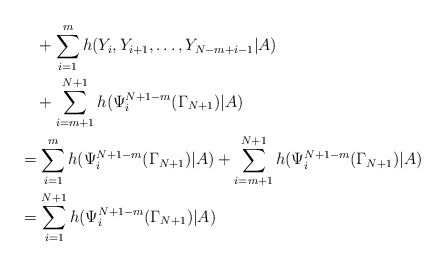
\begin{align*}&\ \ \ +\sum_{i=1}^{m}h(Y_i,Y_{i+1},\ldots,Y_{N-m+i-1}|A)\\&\ \ \ +\sum_{i=m+1}^{N+1}h(\Psi_i^{N+1-m}(\Gamma_{N+1})|A)\\ &= \sum_{i=1}^{m}h(\Psi_i^{N+1-m}(\Gamma_{N+1})|A)+\sum_{i=m+1}^{N+1}h(\Psi_i^{N+1-m}(\Gamma_{N+1})|A) \\ &= \sum_{i=1}^{N+1}h(\Psi_i^{N+1-m}(\Gamma_{N+1})|A)\end{align*}